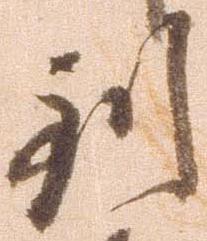
到